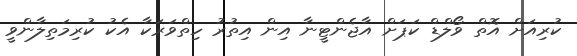
ކުރިއަށް އޮތް ވޯލްޑް ކަޕަށް އާޖެންޓީނާ އިން އިތުރު ހިތްވަރަކާ އެކު ކުރިމަތިލާންވީ